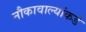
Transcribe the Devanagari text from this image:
नौकावाल्यांकडे